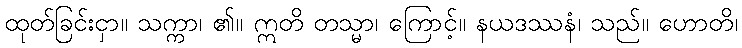
ထုတ်ခြင်းငှာ။ သက္ကာ၊ ၏။ ဣတိ တသ္မာ၊ ကြောင့်။ နယဒဿနံ၊ သည်။ ဟောတိ၊